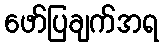
ဖော်ပြချက်အရ